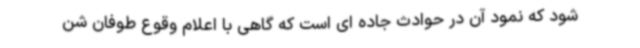
شود که نمود آن در حوادث جاده ای است که گاهی با اعلام وقوع طوفان شن